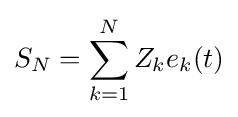
S_{N}=\sum _{k=1}^{N}Z_{k}e_{k}(t)